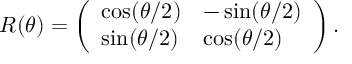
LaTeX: R ( \theta ) = \left( \begin{array} { l l } { { \cos ( \theta / 2 ) } } & { { - \sin ( \theta / 2 ) } } \\ { { \sin ( \theta / 2 ) } } & { { \cos ( \theta / 2 ) } } \end{array} \right) .